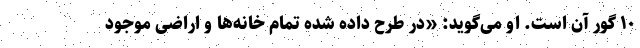
۱۰ گور آن است. او می‌گوید: «در طرح داده شده تمام خانه‌ها و اراضی موجود